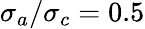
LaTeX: \sigma_{a}/\sigma_{c}=0.5